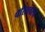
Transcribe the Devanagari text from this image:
पॅरिसवरचं